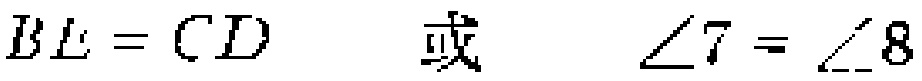
$BE = CD\ \ 或\ \ \angle 7 = \angle 8$